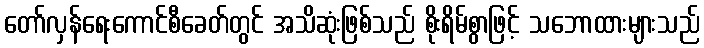
တော်လှန်ရေးကောင်စီခေတ်တွင် အသိဆုံးဖြစ်သည် စိုးရိမ်စွာဖြင့် သဘောထားများသည်